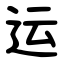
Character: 运